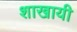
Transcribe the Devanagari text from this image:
शाखायी